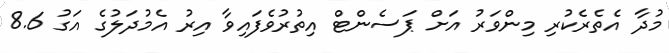
މުދާ އެތެރެކުރި މިންވަރު އަށް ޕަސެންޓް އިތުރުވެފައިވާ އިރު އެމުދަލުގެ އަގު 8.6